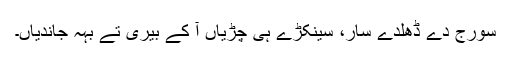
سورج دے ڈھلدے سار، سینکڑے ہی چڑیاں آ کے بیری تے بہہ جاندیاں۔